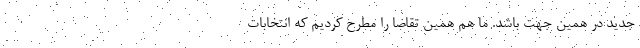
جدید در همین جهت باشد. ما هم همین تقاضا را مطرح کردیم که انتخابات